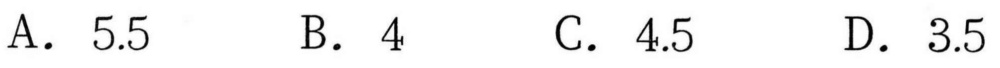
A. \(5.5\qquad\)B. \(4\qquad\)C. \(4.5\qquad\)D. \(3.5\)